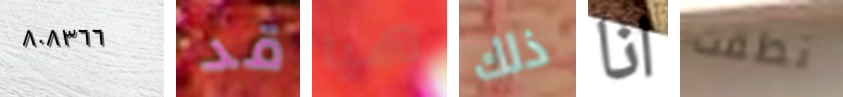
٨٠٨٣٦٦ قد هيا ذلك انا نطقت